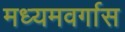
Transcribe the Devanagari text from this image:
मध्यमवर्गास